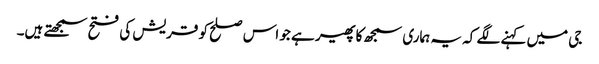
جی میں کہنے لگے کہ یہ ہماری سمجھ کا پھیر ہے جو اس صلح کو قریش کی فتح سمجھتے ہیں۔